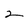
Character: 2